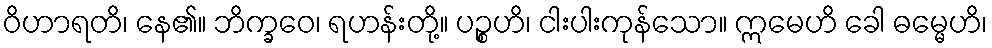
ဝိဟာရတိ၊ နေ၏။ ဘိက္ခဝေ၊ ရဟန်းတို့။ ပဉ္စဟိ၊ ငါးပါးကုန်သော။ ဣမေဟိ ခေါ ဓမ္မေဟိ၊